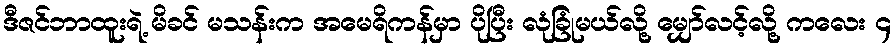
ဒီဇင်ဘာထူးရဲ့ မိခင် မသန်းက အမေရိကန်မှာ ပိုပြီး လုံခြုံမယ်လို့ မျှော်လင့်လို့ ကလေး ၄